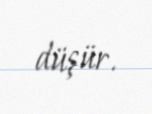
düşür.